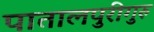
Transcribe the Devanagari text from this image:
पातालपुरीगुरु